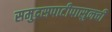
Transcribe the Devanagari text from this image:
समुद्रसपाटीपासुनची